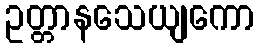
ဥတ္တာနသေယျကော